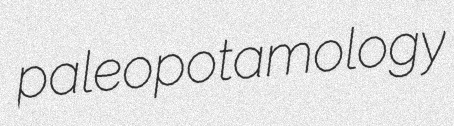
paleopotamology